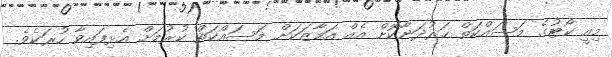
މިއީ ކޯޓުގެ މަސައްކަތް ހަރުދަނާކޮށް އެއް އަމާޒަކަށް މަސައްކަތް ކުރުމަށް އެޅިފައިވާ ހުރަކެވެ.